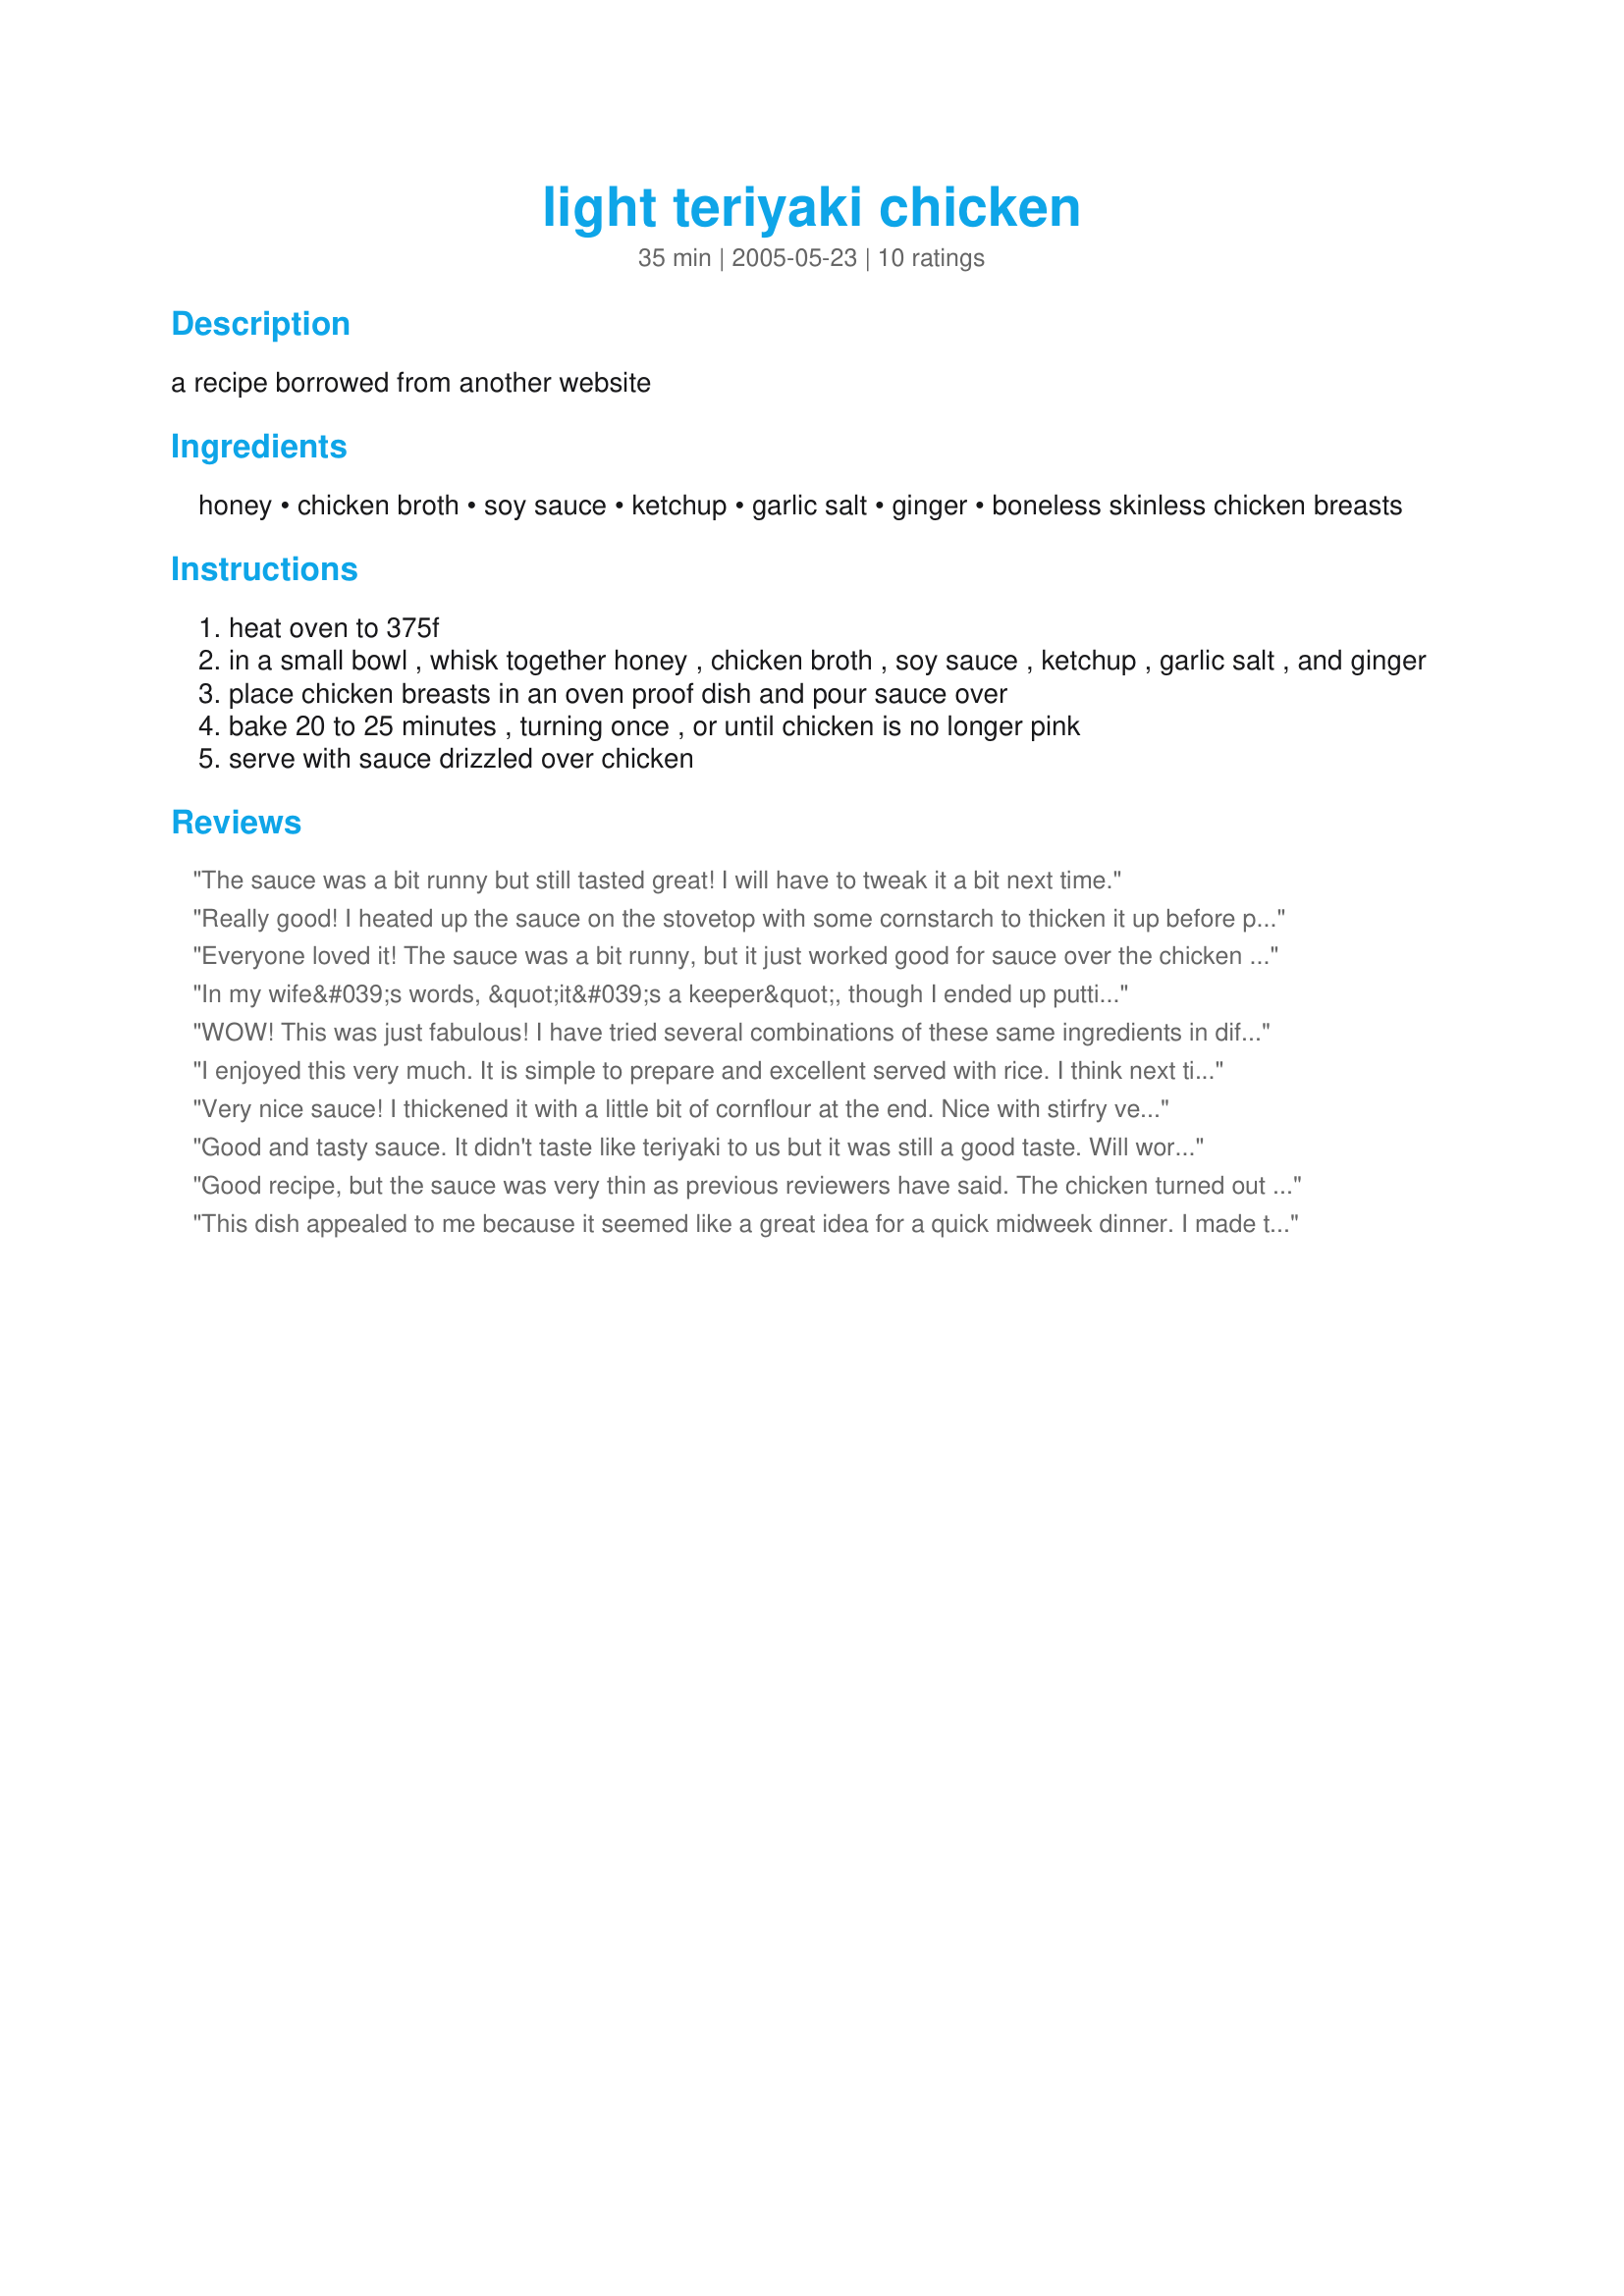
light teriyaki chicken
Preparation time: 35 minutes

a recipe borrowed from another website

Ingredients:
honey, chicken broth, soy sauce, ketchup, garlic salt, ginger, boneless skinless chicken breasts

Steps:
heat oven to 375f
in a small bowl , whisk together honey , chicken broth , soy sauce , ketchup , garlic salt , and ginger
place chicken breasts in an oven proof dish and pour sauce over
bake 20 to 25 minutes , turning once , or until chicken is no longer pink
serve with sauce drizzled over chicken

Reviews:
The sauce was a bit runny but still tasted great! I will have to tweak it a bit next time.
Really good! I heated up the sauce on the stovetop with some cornstarch to thicken it up before pouring it over the meat. I doubled the sauce but kept the honey amt the same; ketchup is pretty sweet, too! It baked great & my husband ate it up. Thanks for sharing!
Everyone loved it! The sauce was a bit runny, but it just worked good for sauce over the chicken and I served it over rice.
In my wife&#039;s words, &quot;it&#039;s a keeper&quot;, though I ended up putting the sauce on the stove and thickening it with corn starch. This recipe works well in the pressure cooker as well, which is nice when you&#039;re in a hurry.
WOW! This was just fabulous! I have tried several combinations of these same ingredients in different recipes- all I have liked very much, but this one is the absolute BEST! The only thing I did differently was to make it on the stove top, simply because I was roasting carrots at a much higher temp in the oven. Since I did it on the stove top I slow cooked the chicken at a low simmer then pulled them out and turned the heat up to reduce the sauce to a perfect thickness...YUM! I doubled the sauce and added about a 1/2 tsp. of crushed red pepper. What a great combo of sweet and spicy. I made this with Recipe #24476 and topped the rice with the sauce. I mixed up the leftover rice and sauce for another meal, can't wait. This will be repeated here often. Thanks!
I enjoyed this very much. It is simple to prepare and excellent served with rice. I think next time I will double the sauce because it was so good on the rice. Thanks for another great chicken recipe.
Very nice sauce! I thickened it with a little bit of cornflour at the end. Nice with stirfry veg too. Thanks!
Good and tasty sauce. It didn't taste like teriyaki to us but it was still a good taste. Will work with the proportions next time to try and give more of a teriyaki taste. Thanks for a new chicken recipe.
Good recipe, but the sauce was very thin as previous reviewers have said. The chicken turned out very moist and was very easy to throw together for a quick meal. Thanks for sharing!
This dish appealed to me because it seemed like a great idea for a quick midweek dinner. I made this using my regular soy sauce purchased in Chinatown - wonderful but potent. On reflection, that was a mistake as the teriyaki sauce was completely dominated by that one ingredient. Looking forward to making this again using a commercial American-brand soy sauce, which will be much milder in flavor.
